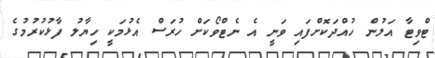
ޓްވިޓާ އަލުން ހުއްދަކޮށްފައި ވަނީ އެ ނެޓްވޯކަށް ހުރަސް އެޅުމަކީ ހިޔާލު ފާޅުކުރުމުގެ